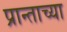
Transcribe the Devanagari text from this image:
प्रान्ताच्या